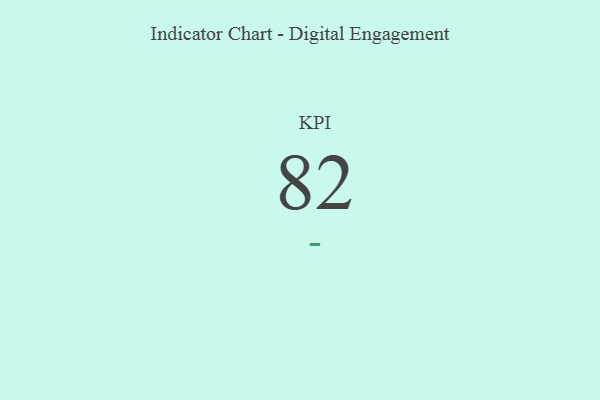
{"axis": {"x": "KPI", "y": "Value"}, "legend": [""], "data": [{"x": "KPI", "y": 82, "type": ""}]}